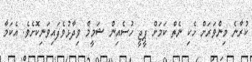
ކުރާނެ މިންވަރަށް ހެކި ނެތް ކަމަށް ޕީޖީ ހުސެއިން ޝަމީމް ވިދާޅުވެފައިވަނިކޮށެވެ. އެކަމާ